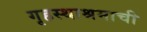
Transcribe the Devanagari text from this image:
गृहस्थाश्रमाची